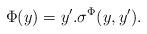
LaTeX: \begin{align*}\Phi(y)=y'.\sigma^\Phi(y,y').\end{align*}